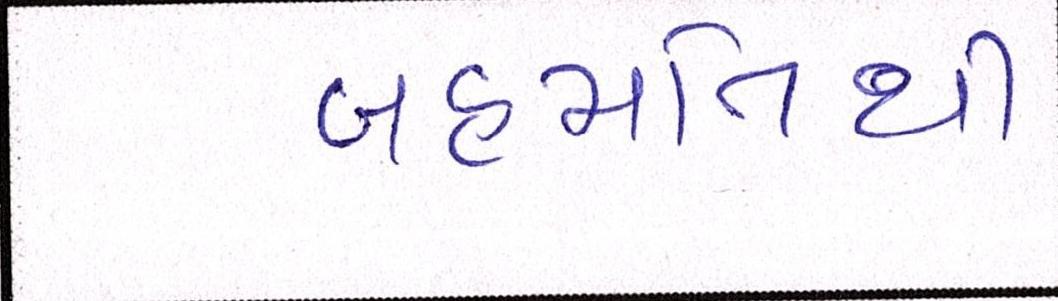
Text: બહમતિથી